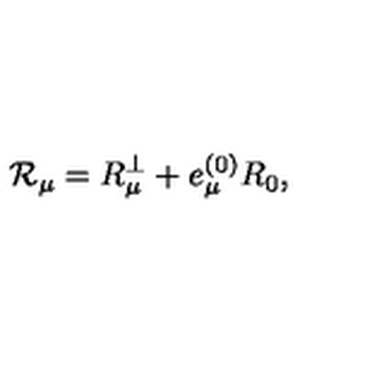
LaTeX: { \cal R } _ { \mu } = R _ { \mu } ^ { \perp } + e _ { \mu } ^ { ( 0 ) } R _ { 0 } ,